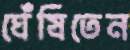
ঘেঁষিতেন